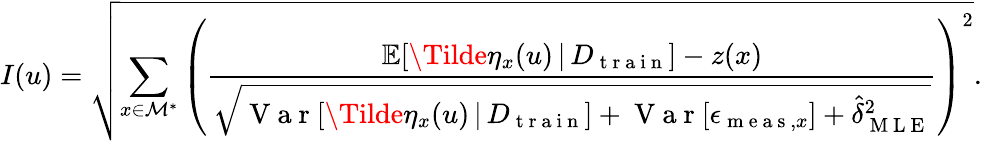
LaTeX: I(u)=\sqrt{\sum_{x\in\mathcal{M}^{*}}\left(\frac{\mathbb{E}[\Tilde{\eta}_{x}(u)\, \vert\, D_{\mathrm{~t~r~a~i~n~}}]-z(x)}{\sqrt{\mathrm{~V~a~r~}[\Tilde{\eta}_{x}(u)\, \vert\, D_{\mathrm{~t~r~a~i~n~}}]+\mathrm{~V~a~r~}[\epsilon_{\mathrm{~m~e~a~s~},x}]+\hat{\delta}_{\mathrm{~M~L~E~}}^{2}}}\right)^{2}}.